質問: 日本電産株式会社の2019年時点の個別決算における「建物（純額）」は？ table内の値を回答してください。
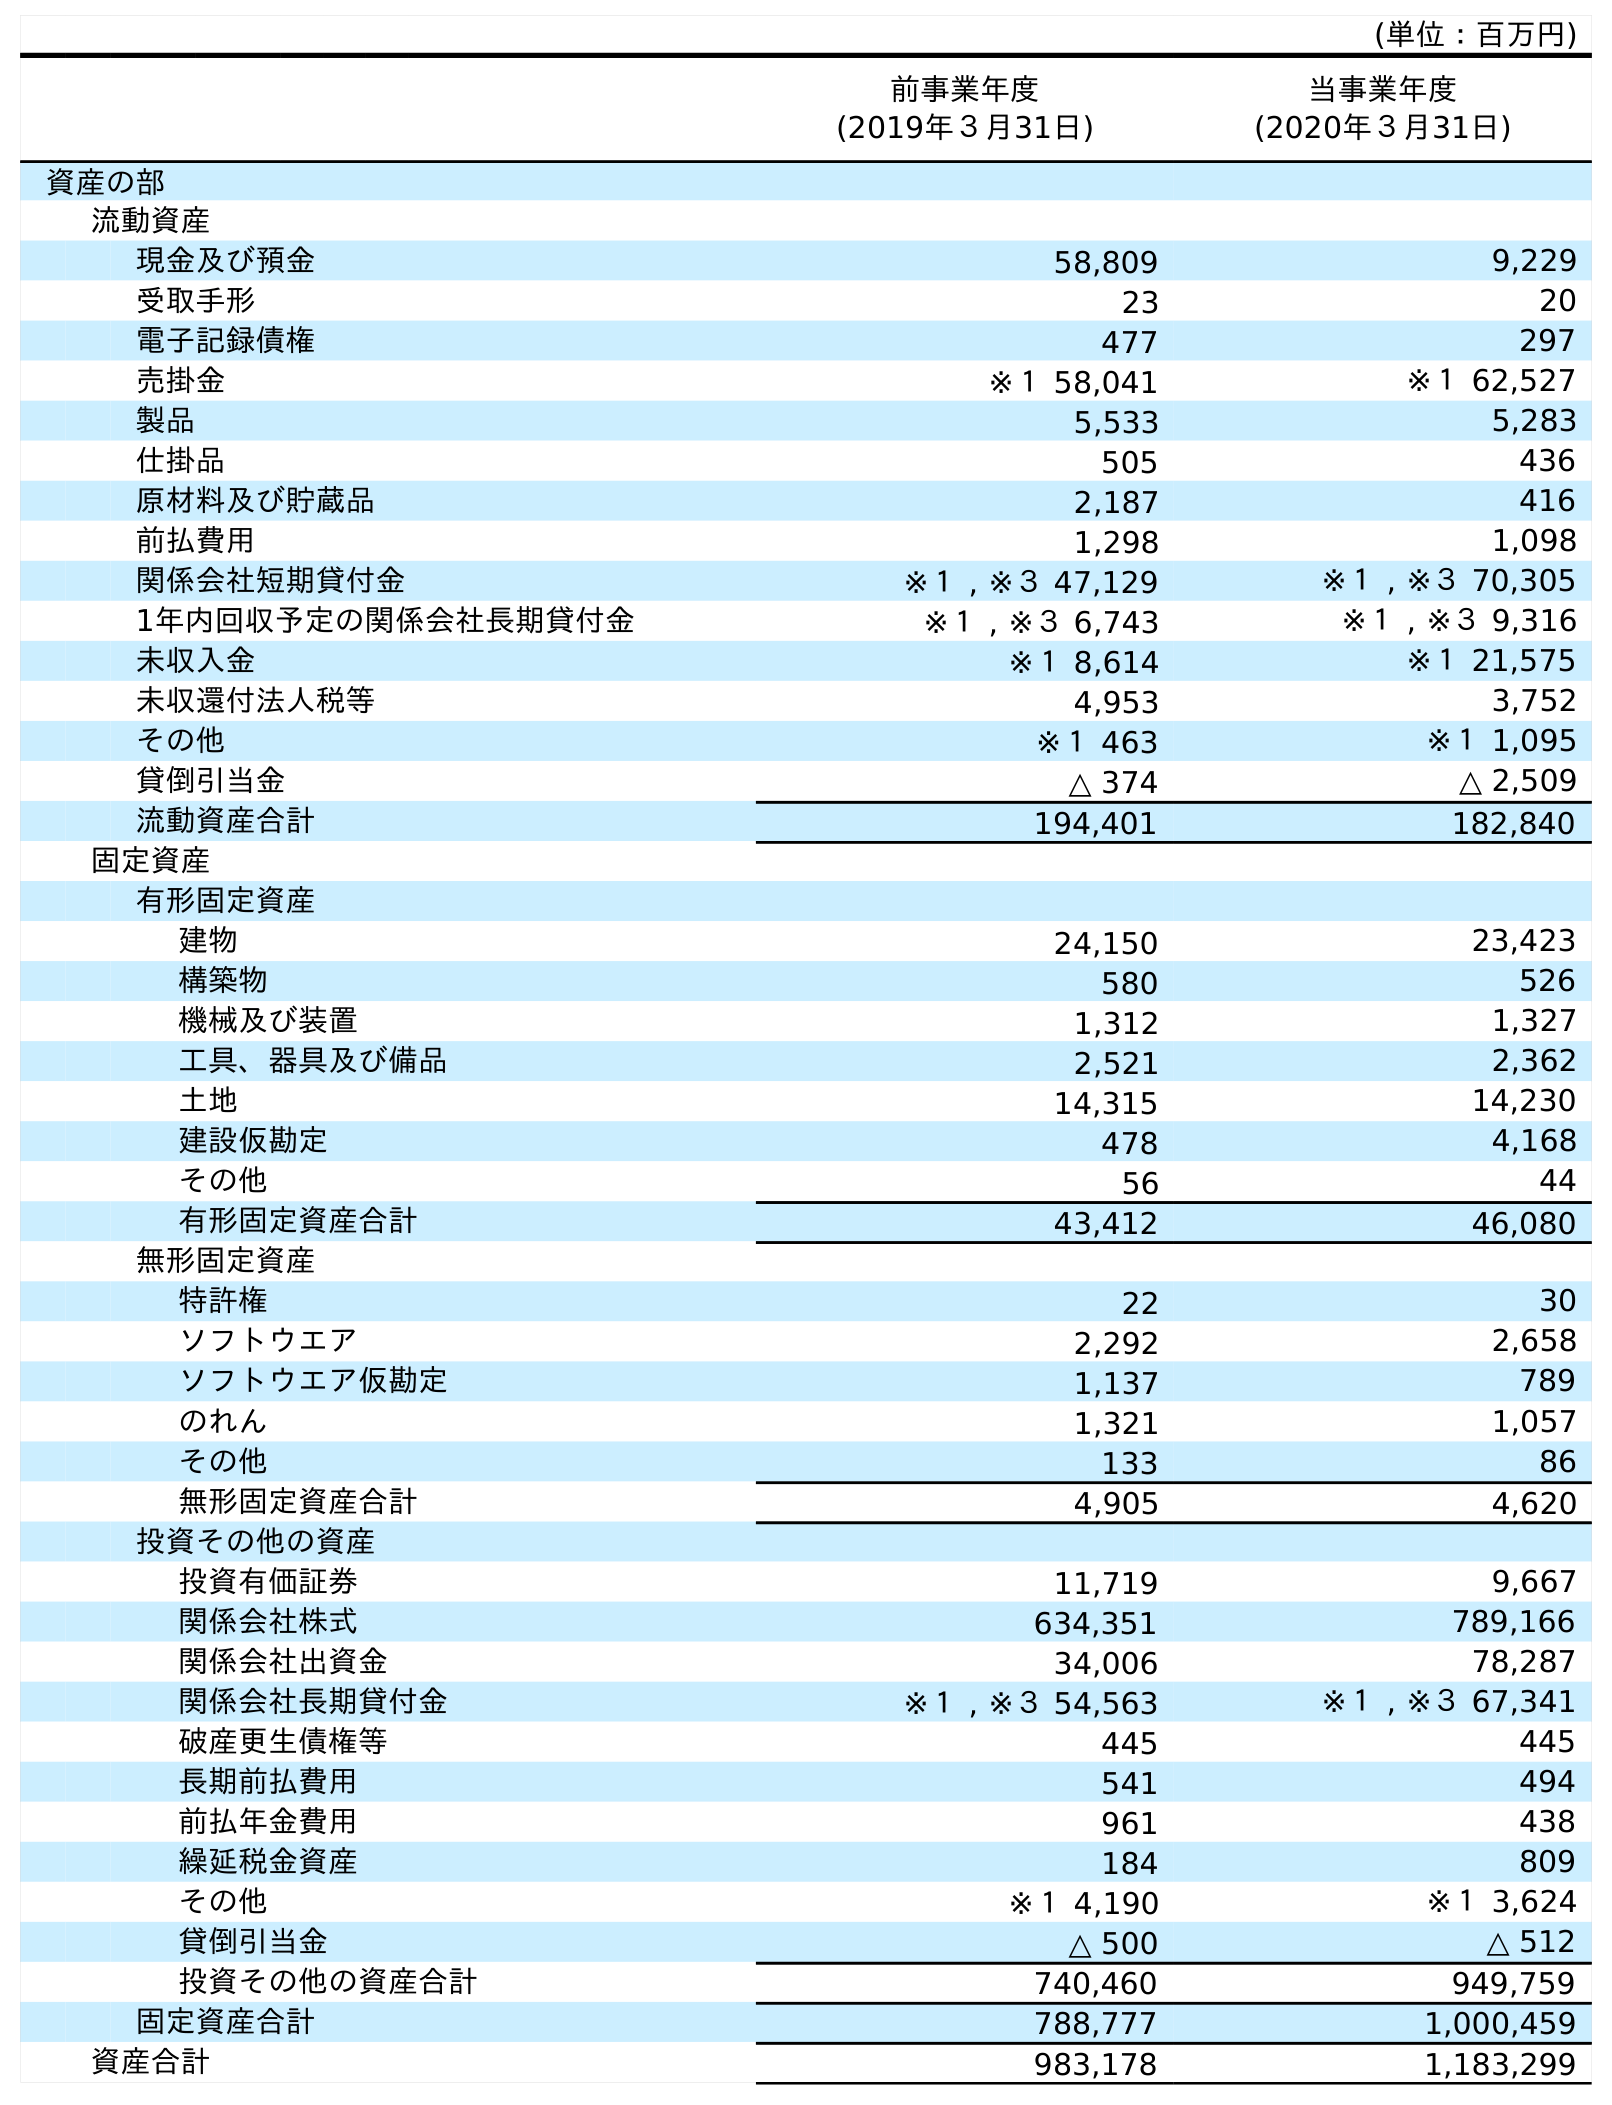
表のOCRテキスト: (単位：百万円) 前事業年度 (2019年３月31日) 当事業年度 (2020年３月31日) 資産の部 流動資産 現金及び預金 58,809 9,229 受取手形 23 20 電子記録債権 477 297 売掛金 ※１ 58,041 ※１ 62,527 製品 5,533 5,283 仕掛品 505 436 原材料及び貯蔵品 2,187 416 前払費用 1,298 1,098 関係会社短期貸付金 ※１ , ※３ 47,129 ※１ , ※３ 70,305 1年内回収予定の関係会社長期貸付金 ※１ , ※３ 6,743 ※１ , ※３ 9,316 未収入金 ※１ 8,614 ※１ 21,575 未収還付法人税等 4,953 3,752 その他 ※１ 463 ※１ 1,095 貸倒引当金 △ 374 △ 2,509 流動資産合計 194,401 182,840 固定資産 有形固定資産 建物 24,150 23,423 構築物 580 526 機械及び装置 1,312 1,327 工具、器具及び備品 2,521 2,362 土地 14,315 14,230 建設仮勘定 478 4,168 その他 56 44 有形固定資産合計 43,412 46,080 無形固定資産 特許権 22 30 ソフトウエア 2,292 2,658 ソフトウエア仮勘定 1,137 789 のれん 1,321 1,057 その他 133 86 無形固定資産合計 4,905 4,620 投資その他の資産 投資有価証券 11,719 9,667 関係会社株式 634,351 789,166 関係会社出資金 34,006 78,287 関係会社長期貸付金 ※１ , ※３ 54,563 ※１ , ※３ 67,341 破産更生債権等 445 445 長期前払費用 541 494 前払年金費用 961 438 繰延税金資産 184 809 その他 ※１ 4,190 ※１ 3,624 貸倒引当金 △ 500 △ 512 投資その他の資産合計 740,460 949,759 固定資産合計 788,777 1,000,459 資産合計 983,178 1,183,299
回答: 24,150